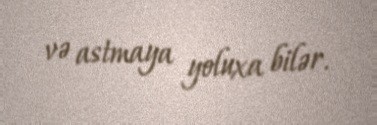
və astmaya yoluxa bilər.